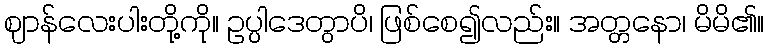
ဈာန်လေးပါးတို့ကို။ ဥပ္ပါဒေတွာပိ၊ ဖြစ်စေ၍လည်း။ အတ္တနော၊ မိမိ၏။